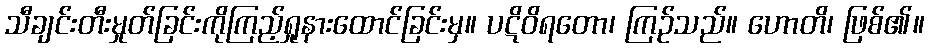
သီချင်းတီးမှုတ်ခြင်းကိုကြည့်ရှုနားထောင်ခြင်းမှ။ ပဋိဝိရတော၊ ကြဉ်သည်။ ဟောတိ၊ ဖြစ်၏။